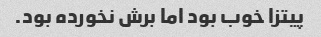
پیتزا خوب بود اما برش نخورده بود.